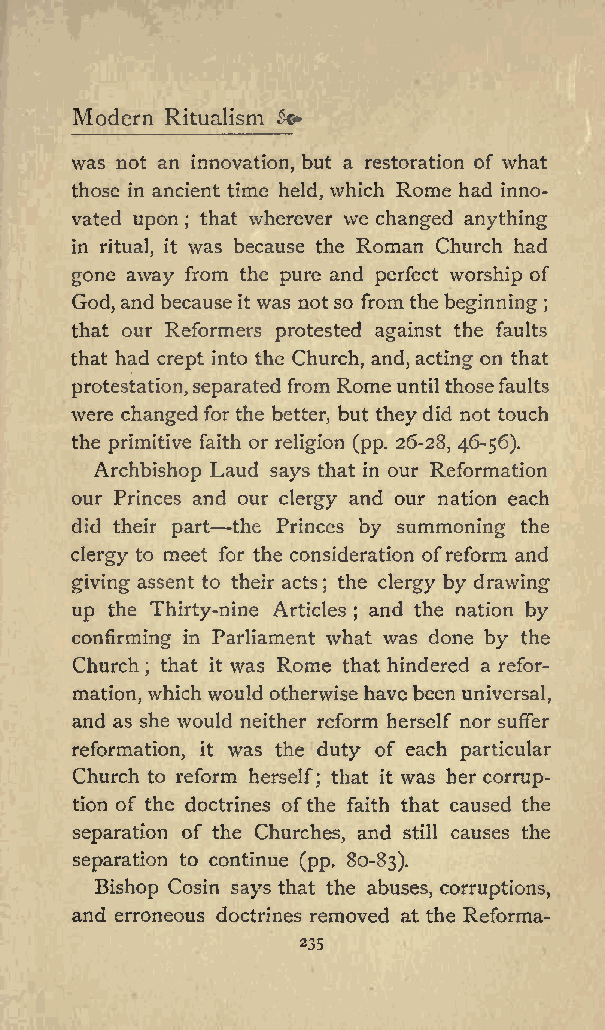
Modern Ritualism
 &amp;lt;*
 was not an innovation, but a restoration of what
 those in ancient time held, which Rome had inno
 vated upon that wherever we changed anything
 ;
 in ritual, it was because the Roman Church had
 gone away from the pure and perfect worship of
 God, and because it was notso from thebeginning
 ;
 that our Reformers protested against the faults
 that had crept into the Church, and, acting on that
 protestation,separated from Rome until thosefaults
 were changed forthe better, but theydid not touch
 the primitive faith or religion (pp. 26-28, 46-56).
 Archbishop Laud says that in our Reformation
 our Princes and our clergy and our nation each
 did their part the Princes by summoning the
 clergy to meet for the consideration ofreform and
 giving assent to their acts the clergy by drawing
 ;
 up the Thirty-nine Articles and the nation by
 ;
 confirming in Parliament what was done by the
 Church that it was Rome that hindered a refor
 ;
 mation, which would otherwise havebeen universal,
 and as she would neither reform herself nor suffer
 reformation, it was the duty of each particular
 Church to reform herself; that it was her corrup
 tion of the doctrines ofthe faith that caused the
 separation of the Churches, and still causes the
 separation to continue (pp. 80-83).
 Bishop Cosin says that the abuses, corruptions,
 and erroneous doctrines removed at the Reforma-
 235